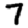
Digit: 7